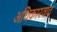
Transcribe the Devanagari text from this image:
अधिकारवाद